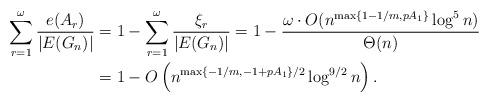
LaTeX: \begin{align*}\sum_{r = 1}^{\omega} \frac{e(A_r)}{|E(G_n)|} &= 1 - \sum_{r = 1}^{\omega} \frac{\xi_r}{|E(G_n)|} = 1 - \frac {\omega \cdot O(n^{\max\{1-1/m,pA_1\}} \log^5 n)}{\Theta(n)} \\&= 1 - O \left( n^{\max \{-1/m,-1+pA_1\} / 2} \log^{9/2} n \right).\end{align*}